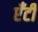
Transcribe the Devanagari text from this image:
एँटी